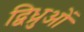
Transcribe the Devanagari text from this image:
द्विध्रुओं